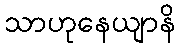
သာဟုနေယျာနိ